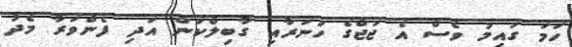
ހަމަ ގައިމު ވެސް އެ ޖަޖްގެ ހުނަރާއި ގާބިލްކަން އަދި ފެންވަރާ މެދު